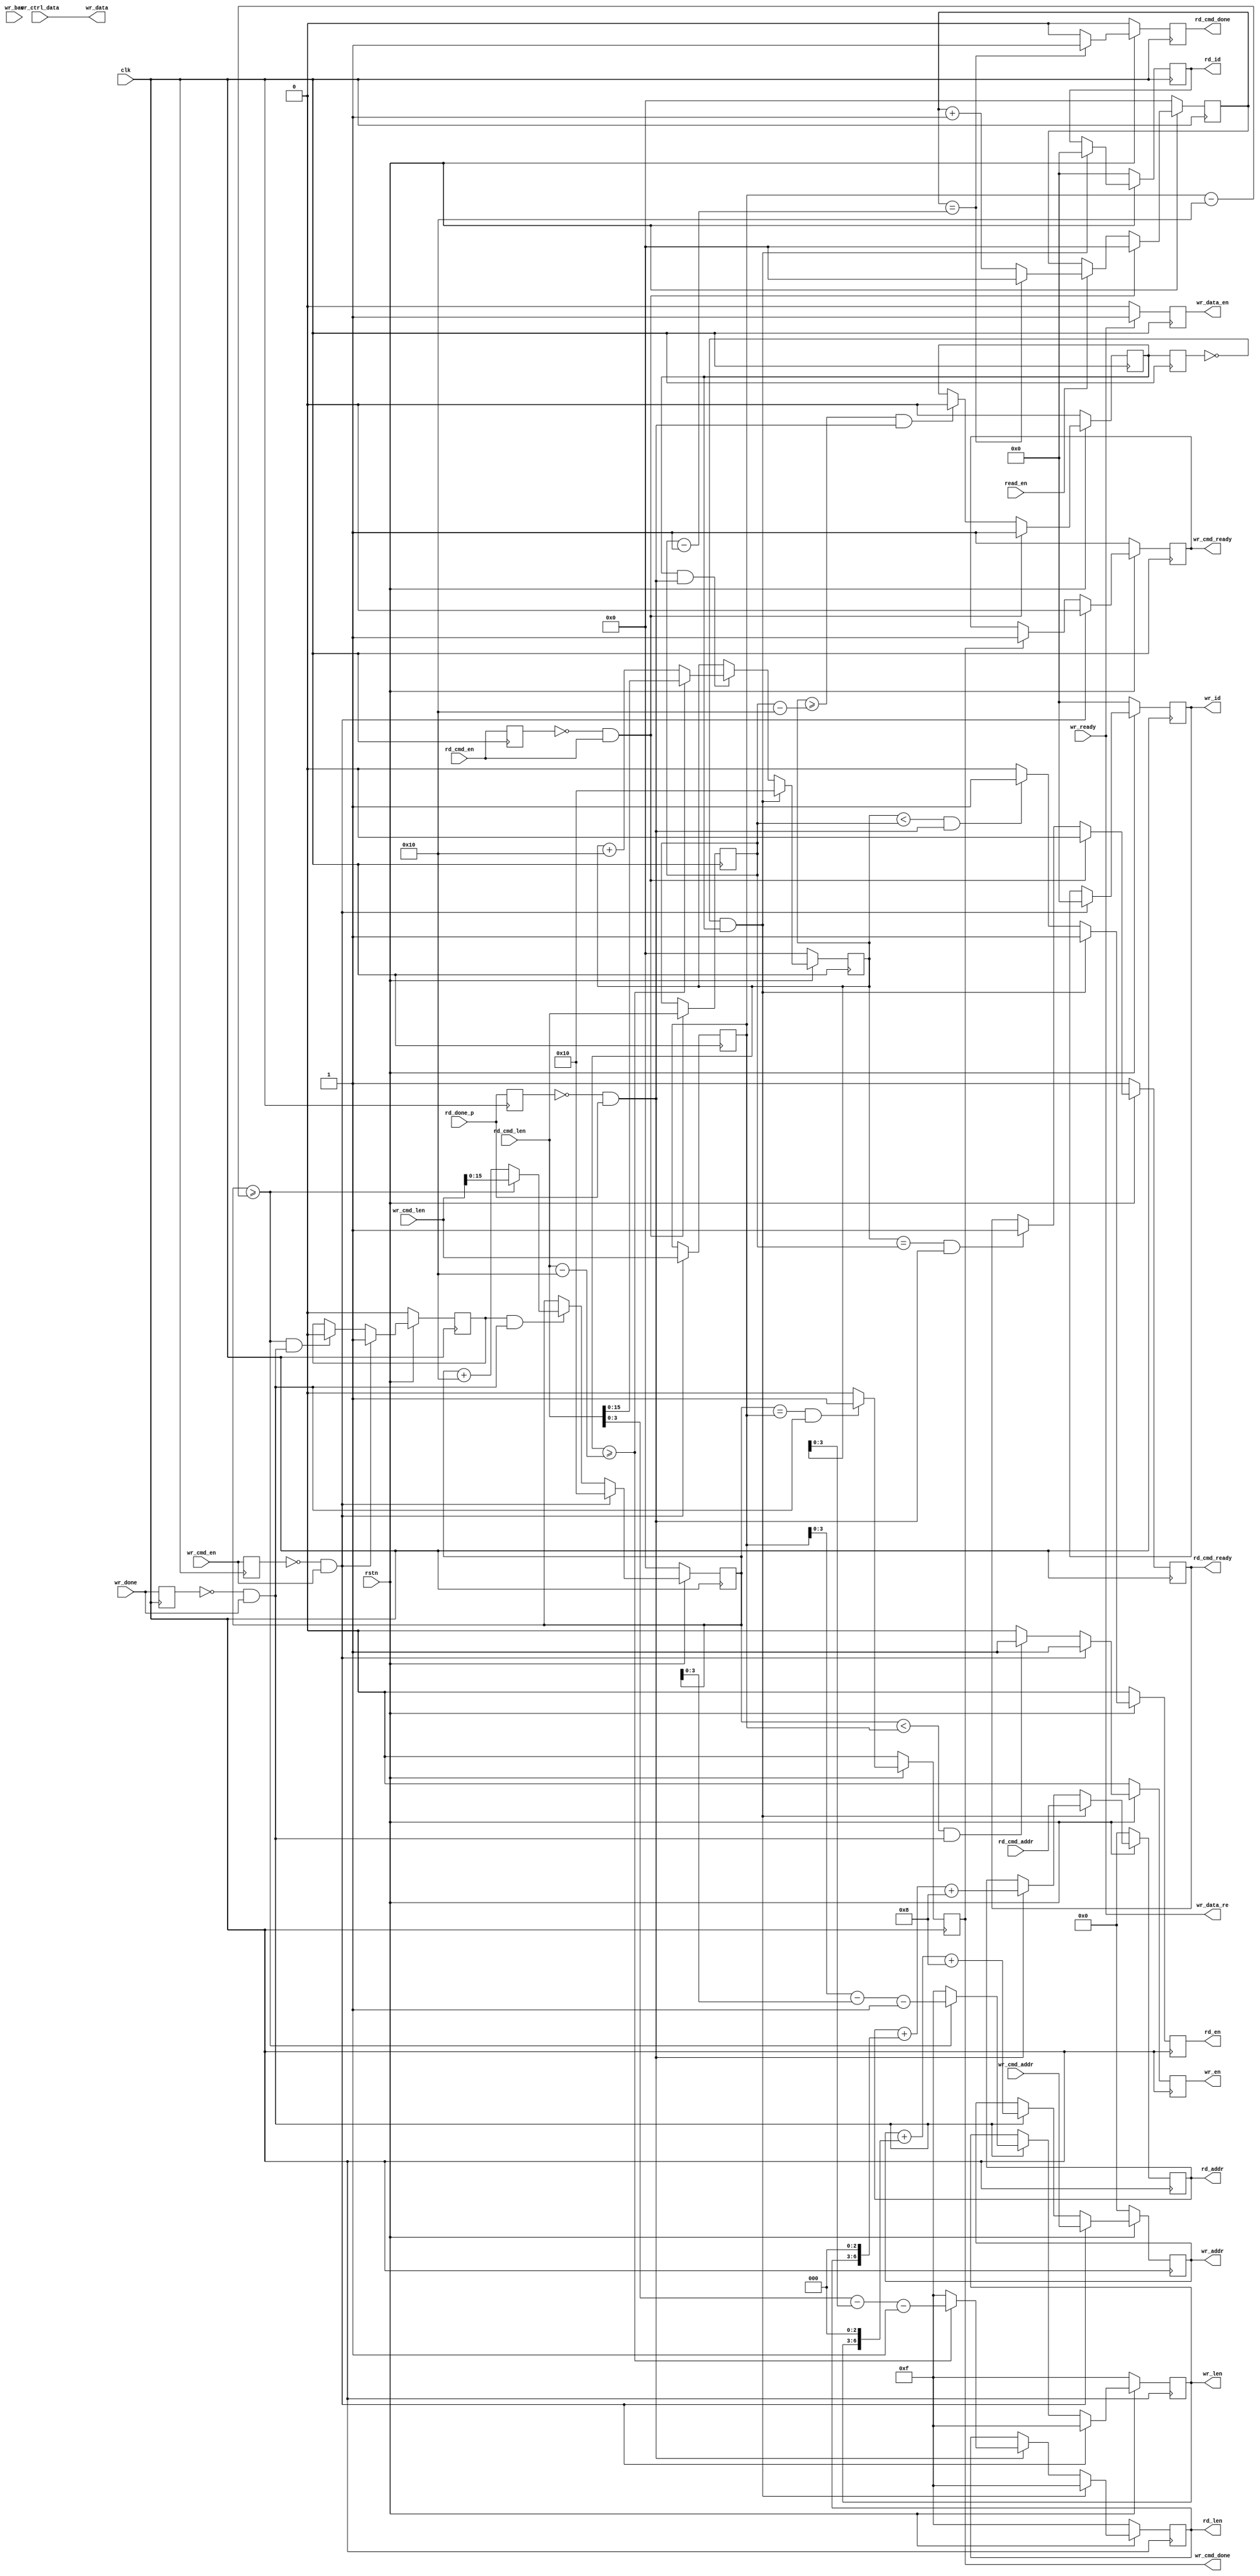
`timescale 1ns / 1ps
//////////////////////////////////////////////////////////////////////////////////
// Company: Meyesemi
// 
// Design Name: 
// Module Name: wr_cmd_trans
// Project Name: 
// Target Devices: 
// Tool Versions: 
// Description: 
// 
// Dependencies: 
// 
// Revision:
// Revision 0.01 - File Created
// Additional Comments:
// 
//////////////////////////////////////////////////////////////////////////////////
`define UD #1
module wr_cmd_trans #(
    parameter                        CTRL_ADDR_WIDTH      = 28,
    parameter                        MEM_DQ_WIDTH         = 16
)  (
    input                            clk,
    input                            rstn,
                                     
    input                            wr_cmd_en,
    input  [CTRL_ADDR_WIDTH-1:0]     wr_cmd_addr,
    input  [31: 0]                   wr_cmd_len,
    output reg                       wr_cmd_ready,
    output reg                       wr_cmd_done,
    input                            wr_bac,  
    input  [MEM_DQ_WIDTH*8-1:0]      wr_ctrl_data,
    output                           wr_data_re,
                                     
    output reg                       wr_en=0,        
    output reg [CTRL_ADDR_WIDTH-1:0] wr_addr=0,      
    output reg [ 3: 0]               wr_id=0,        
    output reg [ 3: 0]               wr_len=0,       
    output reg                       wr_data_en=0,
    output [MEM_DQ_WIDTH*8-1:0]      wr_data,
    input                            wr_ready,
    input                            wr_done,
    
    input                            rd_cmd_en,
    input  [CTRL_ADDR_WIDTH-1:0]     rd_cmd_addr,
    input  [31: 0]                   rd_cmd_len,
    output reg                       rd_cmd_ready=1,
    output reg                       rd_cmd_done=0,
    input                            read_en,
    
    output reg                       rd_en        =0,                 
    output reg [CTRL_ADDR_WIDTH-1:0] rd_addr      =0,           
    output reg [3:0]                 rd_id        =0,           
    output reg [3:0]                 rd_len       =0,           
    input                            rd_done_p     
);

    reg          wr_done_1d;
    reg          wr_cmd_en_1d;
    reg [15:0]   wr_cnt;
    reg          write_enable;
    reg [31:0]   wr_trans_len;
    wire         wr_cmd_trig;
    always @(posedge clk)
    begin
        wr_done_1d <= wr_done;
        wr_cmd_en_1d <= wr_cmd_en;
        
        if(wr_cmd_trig)
            wr_trans_len <= wr_cmd_len;
        else
            wr_trans_len <= wr_trans_len;
    end
    assign  wr_cmd_trig = ~wr_cmd_en_1d & wr_cmd_en;
    
    always @(posedge clk)
    begin
        if(~rstn)
            wr_en <= 1'd0;
        else if(wr_cmd_trig)
            wr_en <= 1'd1;
        else if(wr_cnt < wr_trans_len && (~wr_done_1d && wr_done))
            wr_en <= 1'd1;
        else
            wr_en <= 1'd0;
    end 
    
    always @(posedge clk)
    begin
        if(~rstn)
            write_enable <= 1'd0;
        else if(wr_cmd_trig)
            write_enable <= 1'd1;
        else if(wr_cnt >= wr_trans_len - 16 && (~wr_done_1d && wr_done))
            write_enable <= 1'd0;
        else
            write_enable <= write_enable;
    end 
    
    always @(posedge clk)
    begin
        if(~rstn)
            wr_cnt <= 16'd0;
        else if(wr_cmd_trig)
            wr_cnt <= 16'd16;
        else if(write_enable && (~wr_done_1d && wr_done))
        begin
            if(wr_cnt >= wr_trans_len - 16)
                wr_cnt <= wr_cmd_len;
            else
                wr_cnt <= wr_cnt + 16'd16;
        end
        else
            wr_cnt <= wr_cnt;
    end 

    always @(posedge clk)
    begin
        if(~rstn)
            wr_cmd_done <= 1'd0;
        else
        begin
            if(wr_cnt == wr_trans_len && (~wr_done_1d && wr_done))
                wr_cmd_done <= 1'd1;
            else
                wr_cmd_done <= 1'd0;
        end
    end
      
    always @(posedge clk)
    begin
        if(~rstn)
            wr_cmd_ready <= 1'd1;
        else
        begin
            if(wr_cmd_trig)
                wr_cmd_ready <= 1'd0;
            else if(wr_cmd_done)
                wr_cmd_ready <= 1'd1;
            else
                wr_cmd_ready <= wr_cmd_ready;
        end
    end     
    
    always @(posedge clk)
    begin
        if(~rstn)
        begin
            wr_addr <= {CTRL_ADDR_WIDTH{1'b0}};
            wr_id   <= 'd0;
            wr_len  <= 4'd15;
        end
        else if(wr_cmd_trig)
        begin
            wr_addr <= wr_cmd_addr;
            wr_id   <= 'd0;
            wr_len  <= 4'd15;
        end
        else
        begin
            if(~wr_done_1d && wr_done)
            begin
                if(wr_cnt >= wr_trans_len - 16)  
                    wr_len <= wr_trans_len - wr_cnt - 1'b1;
                else
                    wr_len <= 4'd15;
                    
                wr_addr <= wr_addr + {wr_len,3'd0} + 4'b1000;//12'd1024;
            end 
            else
            begin
//                wr_id   <= wr_id;
                wr_addr <= wr_addr;
            end 
        end 
    end
    
    reg [3:0] burst_cnt ;
    reg       wr_data_re_reg;
    always @(posedge clk)
    begin
        if(~rstn)
            wr_data_re_reg <= 1'b0;
        else if(wr_ready) 
        begin  
            if(burst_cnt == wr_len && wr_data_re_reg)
                wr_data_re_reg <= 1'b0;
            else
                wr_data_re_reg <= 1'b1;
        end 
        else
            wr_data_re_reg <= 1'b0;
    end
    assign wr_data_re = wr_ready;// & wr_data_re_reg;
    
    always @(posedge clk)
    begin
        if(wr_data_re)
            wr_data_en <= 1'b1;
        else 
            wr_data_en <= 1'b0;
    end
    
    always @(posedge clk)
    begin
        if(~rstn)
            burst_cnt <= 1'b0;
        else if(wr_data_re && wr_ready) 
        begin  
            if(burst_cnt == wr_len)
                burst_cnt <= 1'b0;
            else
                burst_cnt <= burst_cnt + 1'b1;
        end
        else if(wr_bac) 
            burst_cnt <= burst_cnt - 1'b1;
        else
            burst_cnt <= burst_cnt;
    end  
    
    assign wr_data = wr_ctrl_data;
    
    //============================================================================
    //  read chanel
    //============================================================================
    reg        read_enable;
    reg [15:0] rd_cnt;
    reg        rd_done_1d;
    reg        rd_cmd_en_1d;
    reg [31:0] rd_trans_len;
    wire       rd_cmd_trig;
    assign rd_cmd_trig = ~rd_cmd_en_1d & rd_cmd_en;
    always @(posedge clk)
    begin
        rd_done_1d <= rd_done_p;
        rd_cmd_en_1d <= rd_cmd_en;
        if(rd_cmd_trig)
            rd_trans_len <= rd_cmd_len;
        else
            rd_trans_len <= rd_trans_len;
            
            
        if(~rstn)
            read_enable <= 1'b0;
        else if(rd_cmd_trig)
            read_enable <= 1'b1;
        else if(rd_cnt >= rd_trans_len - 16 && (~rd_done_1d && rd_done_p))
            read_enable <= 1'b0;
        else
            read_enable <= read_enable;
    end 
    
    reg read_enable_1d;
    
    always @(posedge clk)
    begin
        read_enable_1d <= read_enable;
        
        if(~rstn)
            rd_en <= 1'd0;
        else if(~read_enable_1d && read_enable)
            rd_en <= 1'd1;
        else if(rd_cnt < rd_trans_len && (~rd_done_1d && rd_done_p))
            rd_en <= 1'd1;
        else
            rd_en <= 1'd0;
    end 
    
    reg [15:0] rd_data_cnt;
    always @(posedge clk)
    begin
        if(~rstn)
            rd_data_cnt <= 1'd0; 
        else if(rd_cmd_trig)
            rd_data_cnt <= 1'd0;
        else if(read_en)
        begin
            if(rd_data_cnt == rd_trans_len - 1'b1)
                rd_data_cnt <= 1'd0; 
            else
                rd_data_cnt <= rd_data_cnt + 1'd1; 
        end
        else
            rd_data_cnt <= rd_data_cnt; 
    end
    
    always @(posedge clk)
    begin
        if(~rstn)
            rd_cmd_done <= 1'd0;
        else
        begin
            if(rd_data_cnt == rd_trans_len - 1'b1)
                rd_cmd_done <= 1'd1;
            else
                rd_cmd_done <= 1'd0;
        end
    end
      
    always @(posedge clk)
    begin
        if(~rstn)
            rd_cmd_ready <= 1'd1;
        else
        begin
            if(rd_cmd_trig)
                rd_cmd_ready <= 1'd0;
            else if(rd_cnt == rd_trans_len && (~rd_done_1d && rd_done_p))
                rd_cmd_ready <= 1'd1;
            else
                rd_cmd_ready <= rd_cmd_ready;
        end
    end
    
    always @(posedge clk)
    begin
        if(~rstn)
            rd_cnt <= 16'd0;
        else if(~read_enable_1d && read_enable)
            rd_cnt <= 16'd16;
        else if(read_enable && (~rd_done_1d && rd_done_p))
        begin
            if(rd_cnt >= rd_cmd_len - 16)  
                rd_cnt <= rd_cmd_len;
            else
                rd_cnt <= rd_cnt + 16'd16;
        end
        else
            rd_cnt <= rd_cnt;
    end 
    
    always @(posedge clk)
    begin
        if(~rstn)
        begin
            rd_addr <= {CTRL_ADDR_WIDTH{1'b0}};
            rd_id   <= 'd0;
            rd_len  <= 4'd15;
        end
        else if(~read_enable_1d && read_enable)
        begin
            rd_addr <= rd_cmd_addr;
            rd_id   <= 'd0;
            rd_len  <= 4'd15;
        end
        else
        begin
            if(~rd_done_1d && rd_done_p)
            begin
                if(rd_cnt >= rd_cmd_len - 16)  
                    rd_len <= rd_cmd_len - rd_cnt - 1'b1;
                else
                    rd_len <= 4'd15;

                rd_addr <= rd_addr + {rd_len,3'd0} + 4'b1000;//12'd1024;
            end 
            else
            begin
                rd_addr <= rd_addr;
            end 
        end 
    end
    
endmodule